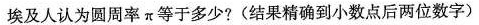
埃及人认为圆周率π等于多少?(结果精确到小数点后两位数字)